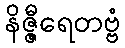
နိဇ္ဇီရေတဗ္ဗံ